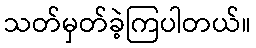
သတ်မှတ်ခဲ့ကြပါတယ်။